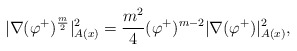
\begin{align*}|\nabla (\varphi^{+})^{\frac{m}{2}}|^2_{A(x)} = \frac{m^2}{4} (\varphi^{+})^{m-2} |\nabla (\varphi^{+})|^2_{A(x)},\end{align*}